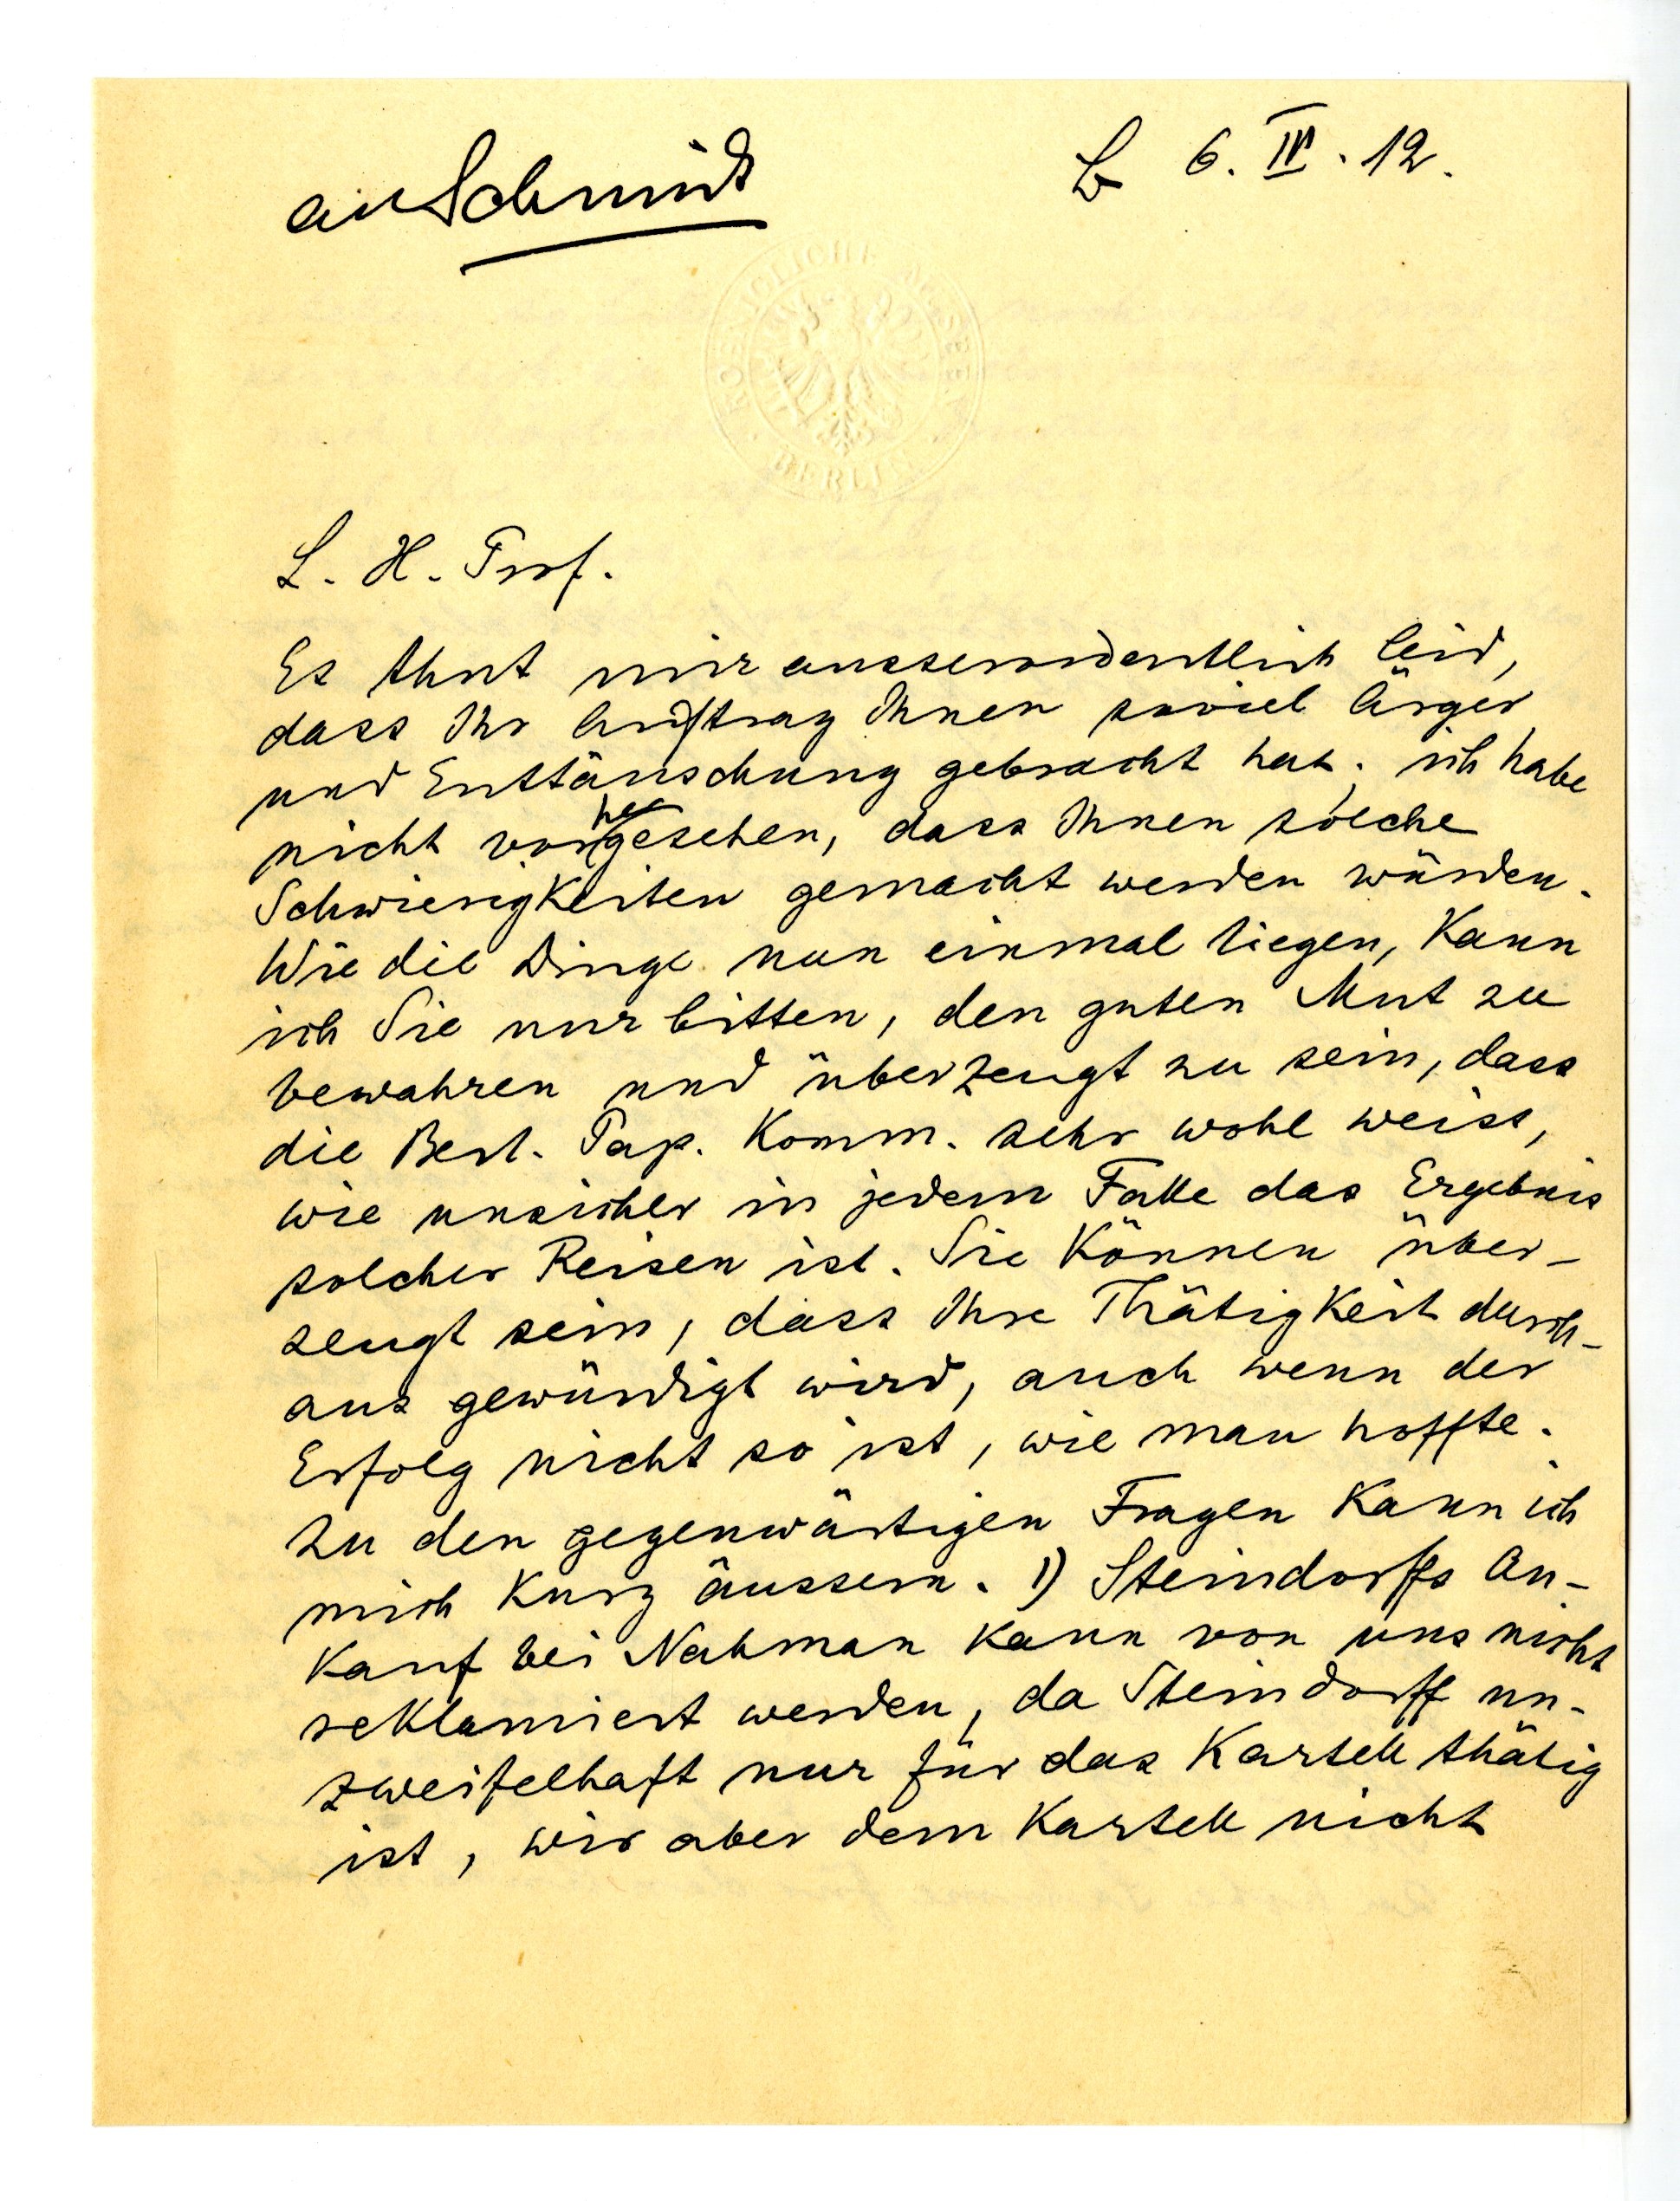
B 6. IV. 12.

L. H. Grrf.
Es thut mir auserordentlich leid,
dass Ihr Auftrag Ihnen so viel länger
nur Enttäuschung gebracht hat. ich habe
her
nicht vorgesehen, dass Ihnen solche
Schwierigkeiten gemacht werden würden.
Wie die Dinge nun einmal liegen, kann
ich Sie nur bitten, den guten Mut zu
bewahren und überzeugt zu sein, dass
die Berl. Pap. Komm. sehr wohl weiss,
wie unsicher in jedem Falle das Ergebnis
solcher Reisen ist. Sie können über¬
zeugt sein, dass Ihre Thätigkeit durch¬
aus gewürdigt wird, auch wenn der
Erfolg nicht so ist, wie man hoffte.
In den gegenwärtigen Fragen kann ich
mich kurz äussern. I) Steindorffs An¬
kunft bei Nahman kann von uns nicht
reklamiert werden, da Steindorff un¬
zweifelhaft nur für das Kartell thätig
ist, wir aber dem Kartell nicht